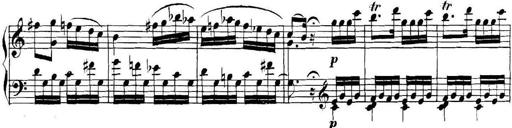
Title: Collected Piano Sonatas
Composer: Muzio Clementi